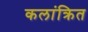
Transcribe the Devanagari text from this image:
कलांक्रित